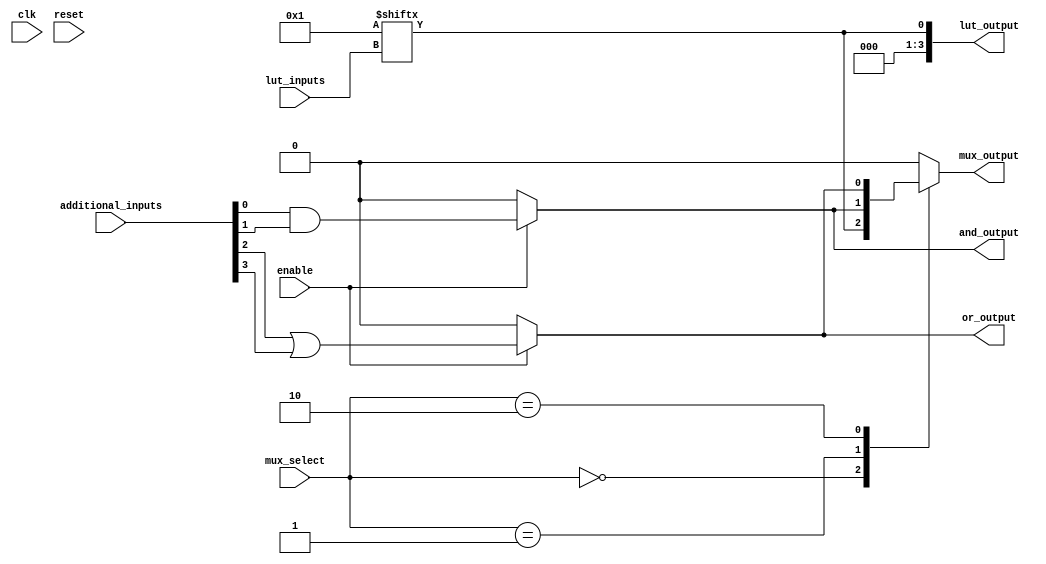
module CLB (
    input wire [3:0] lut_inputs,      // 4-inputs for LUT
    input wire [3:0] additional_inputs, // Additional inputs for logic gates
    input wire [1:0] mux_select,       // Select lines for multiplexer
    input wire enable,                  // Enable signal
    input wire clk,                     // Clock input
    input wire reset,                   // Reset signal
    output wire [3:0] lut_output,       // Output from LUT
    output wire and_output,             // Output from AND gate
    output wire or_output,              // Output from OR gate
    output wire mux_output              // Output from multiplexer
);

    // Configuration memory for LUT (example truth table for AND function)
    reg [15:0] lut_memory = 16'b0000000000000001; // Example: LUT for AND function

    // LUT implementation
    assign lut_output = lut_memory[lut_inputs];

    // Additional logic gates
    wire and_gate_input = additional_inputs[0] & additional_inputs[1];
    wire or_gate_input = additional_inputs[2] | additional_inputs[3];

    assign and_output = enable ? and_gate_input : 1'b0; // AND gate output
    assign or_output = enable ? or_gate_input : 1'b0;   // OR gate output

    // Multiplexer implementation
    always @(*) begin
        case (mux_select)
            2'b00: mux_output = lut_output[0]; // Select LUT output
            2'b01: mux_output = and_output;     // Select AND output
            2'b10: mux_output = or_output;      // Select OR output
            default: mux_output = 1'b0;         // Default case
        endcase
    end

    // Reset logic
    always @(posedge clk or posedge reset) begin
        if (reset) begin
            // Reset logic can be added here if needed
        end
    end

endmodule